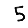
Digit: 5